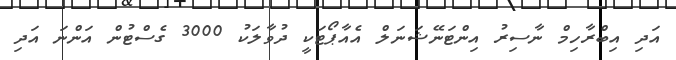
އަދި އިބްރާހިމް ނާސިރު އިންޓަނޭޝަނަލް އެއާޕޯޓަކީ ދުވާލަކު 3000 ގެސްޓުން އަންނަ އަދި